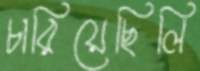
চারিয়েছিলি